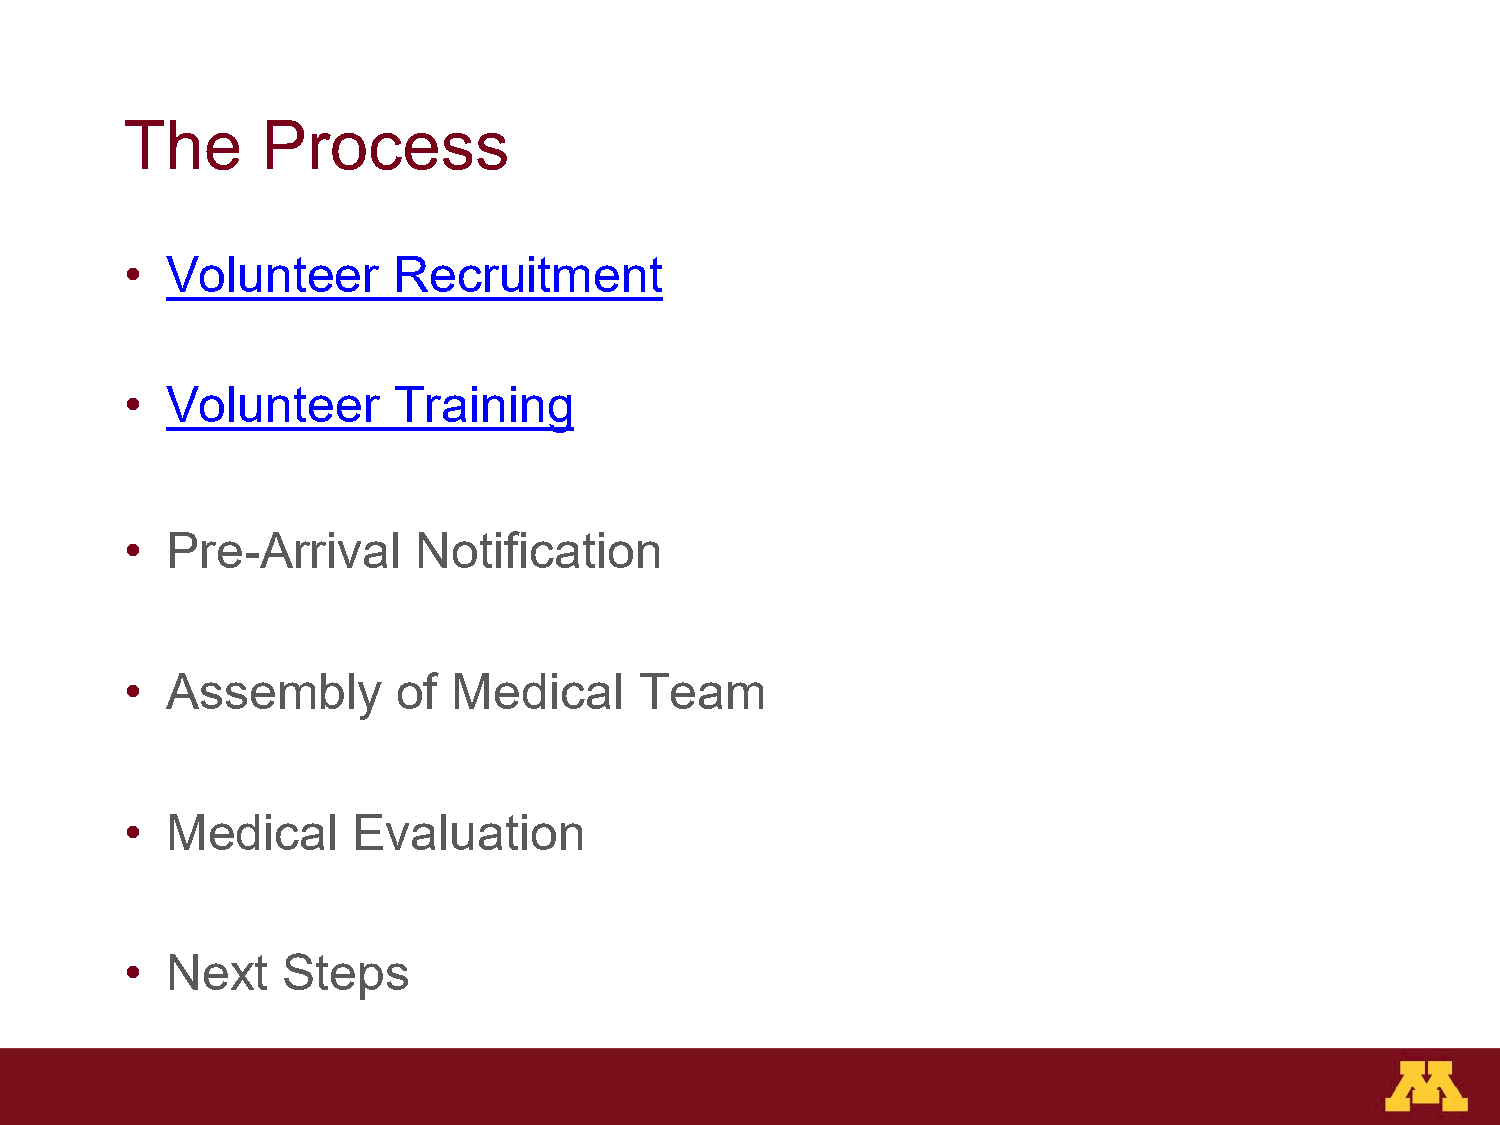
The      Process
 •  Volunteer      Recruitment
 •  Volunteer      Training
 •  Pre-Arrival      Notification
 •  Assembly       of  Medical     Team
 •  Medical     Evaluation
 •  Next    Steps